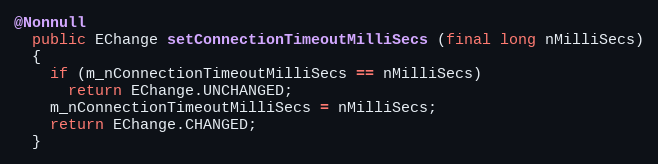
Language: Java
@Nonnull
  public EChange setConnectionTimeoutMilliSecs (final long nMilliSecs)
  {
    if (m_nConnectionTimeoutMilliSecs == nMilliSecs)
      return EChange.UNCHANGED;
    m_nConnectionTimeoutMilliSecs = nMilliSecs;
    return EChange.CHANGED;
  }